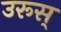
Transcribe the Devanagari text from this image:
उरूस्